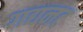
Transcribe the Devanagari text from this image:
गद्यनट